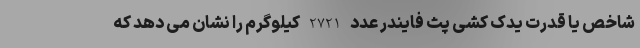
شاخص یا قدرت یدک کشی پث فایندر عدد 2721 کیلوگرم را نشان می دهد که